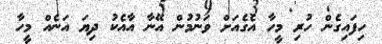
ހިފައިގެން ހުރި މީހާ އެގެއަށް ވަނުމުން އޭނާ އާއެކު ދިޔަ އަނެއް މީހާ